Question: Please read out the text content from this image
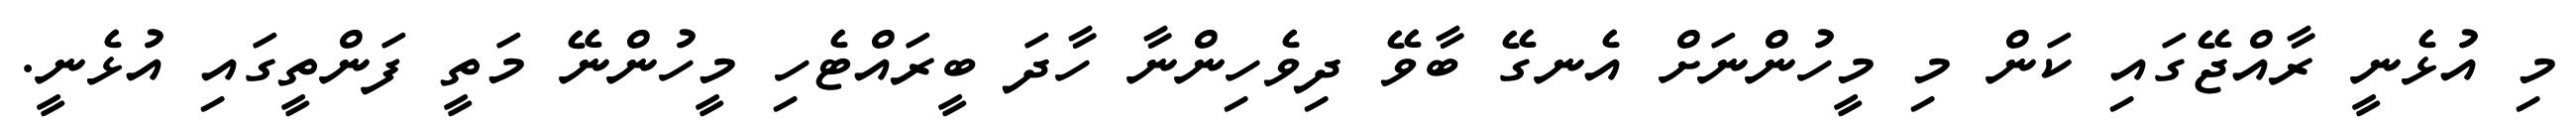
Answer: މި އުޅެނީ ރާއްޖޭގައި ކަން މި މީހުންނަށް އެނގޭ ބާވޭ ދިވެހިންނާ ހާދަ ބީރައްޓެހި މީހުންނޭ މަތީ ފަންތީގައި އުޅެނީ.